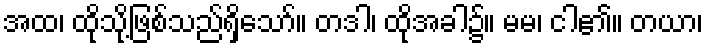
အထ၊ ထိုသို့ဖြစ်သည်ရှိသော်။ တဒါ၊ ထိုအခါ၌။ မမ၊ ငါ၏။ တယာ၊